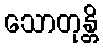
သောတုန္တိ